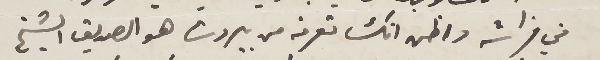
في فراشه واظن انك تعرفه من بيروت هو الصديق الشيخ